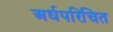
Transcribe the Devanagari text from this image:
अर्धपरिचित